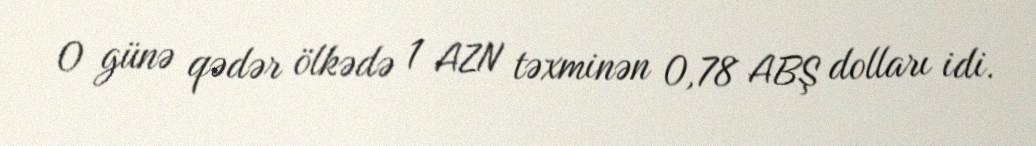
O günə qədər ölkədə 1 AZN təxminən 0,78 ABŞ dolları idi.